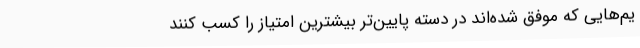
یم‌هایی که موفق شده‌اند در دسته پایین‌تر بیشترین امتیاز را کسب کنند